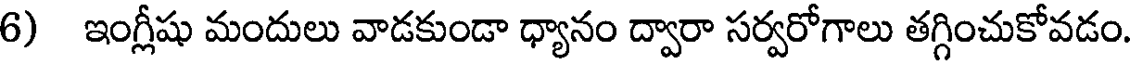
6) ఇంగ్లీషు మందులు వాడకుండా ధ్యానం ద్వారా సర్వరోగాలు తగ్గించుకోవడం.